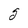
Character: g